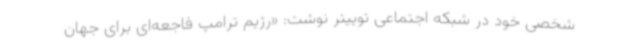
شخصی خود در شبکه اجتماعی توییتر نوشت: «رژیم ترامپ فاجعه‌ای برای جهان